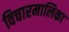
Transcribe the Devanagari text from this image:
विचारमालिका